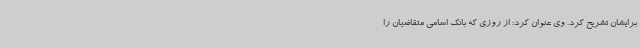
برایشان تشریح کرد. وی عنوان کرد: از روزی که بانک اسامی متقاضیان را